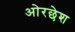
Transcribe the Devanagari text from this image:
ओरछेश